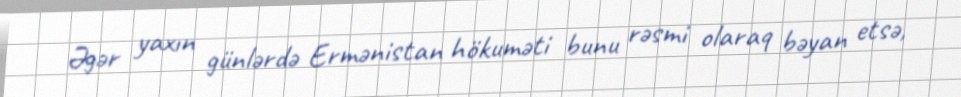
Əgər yaxın günlərdə Ermənistan hökuməti bunu rəsmi olaraq bəyan etsə,